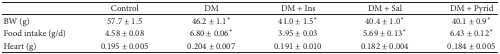
<table><thead><tr><td><b> </b></td><td><b>Control</b></td><td><b>DM</b></td><td><b>DM + Ins</b></td><td><b>DM + Sal</b></td><td><b>DM + Pyrid</b></td></tr></thead><tbody><tr><td>BW (g)</td><td>57.7 ± 1.5</td><td>46.2 ± 1.1<sup><i>∗</i></sup></td><td>41.0 ± 1.5<sup><i>∗</i></sup></td><td>40.4 ± 1.0<sup><i>∗</i></sup></td><td>40.1 ± 0.9<sup><i>∗</i></sup></td></tr><tr><td>Food intake (g/d)</td><td>4.58 ± 0.08</td><td>6.80 ± 0.06<sup><i>∗</i></sup></td><td>3.95 ± 0.03</td><td>5.69 ± 0.13<sup><i>∗</i></sup></td><td>6.43 ± 0.12<sup><i>∗</i></sup></td></tr><tr><td>Heart (g)</td><td>0.195 ± 0.005</td><td>0.204 ± 0.007</td><td>0.191 ± 0.010</td><td>0.182 ± 0.004</td><td>0.184 ± 0.005</td></tr></tbody></table>